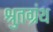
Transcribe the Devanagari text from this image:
श्रुतग्रंथ